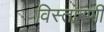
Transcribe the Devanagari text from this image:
विस्तारणी